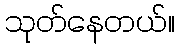
သုတ်နေတယ်။